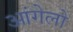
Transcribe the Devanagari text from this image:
आंगेलो